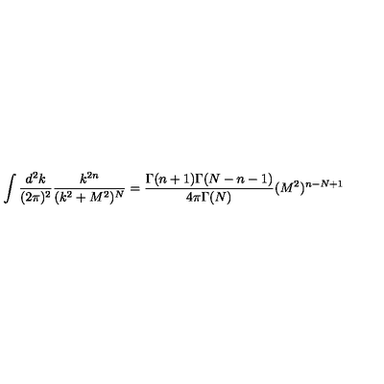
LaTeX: \int \frac { d ^ { 2 } k } { ( 2 \pi ) ^ { 2 } } \frac { k ^ { 2 n } } { ( k ^ { 2 } + M ^ { 2 } ) ^ { N } } = \frac { \Gamma ( n + 1 ) \Gamma ( N - n - 1 ) } { 4 \pi \Gamma ( N ) } ( M ^ { 2 } ) ^ { n - N + 1 } \,